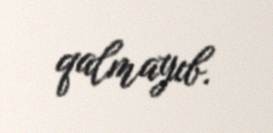
qalmayıb.